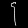
Digit: ၄